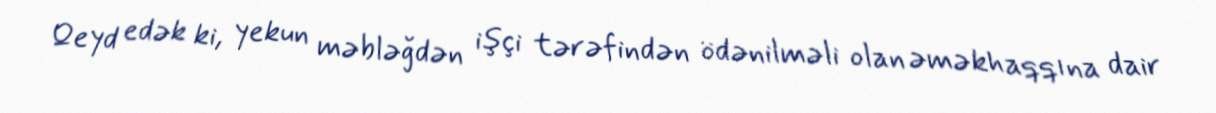
Qeyd edək ki, yekun məbləğdən işçi tərəfindən ödənilməli olan əməkhaqqına dair